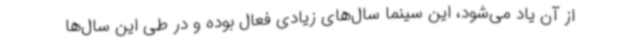
از آن یاد می‌شود، این سینما سال‌های زیادی فعال بوده و در طی این سال‌ها